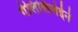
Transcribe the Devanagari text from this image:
गेलिलिलेईने